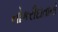
નોકરીદાતાનો